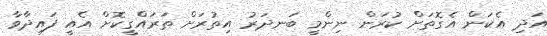
އަދި އެކަން އެގޮތަށް ކުރަން ނިންމީ ބަނދަރު އިތުރަށް ތަރައްގީކޮށް އެއީ ފައިދާވާ